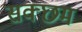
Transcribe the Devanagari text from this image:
सक्छम